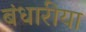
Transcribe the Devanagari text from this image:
बंधारीया